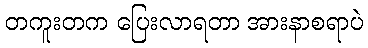
တကူးတက ပြေးလာရတာ အားနာစရာပဲ